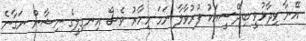
އޭނާ ވިދާޅުވީ ބިދޭސީއަކު ފުރުވާލާ ނަމަ މިހާރު ވެސް އިނގިލީގެ ނިޝާން ނަގާނެ